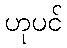
ဟုပင်